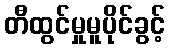
တီထွင်မှုမူပိုင်ခွင့်